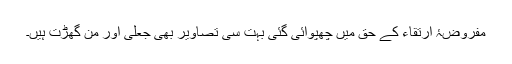
مفروضۂ اِرتقاء کے حق میں چھپوائی گئی بہت سی تصاویر بھی جعلی اور مَن گھڑت ہیں۔